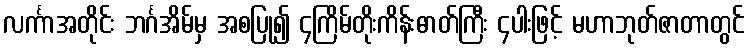
လင်္ကာအတိုင်း ဘင်္ဂအိမ်မှ အစပြု၍ ၄ကြိမ်တိုးကိန်းဓာတ်ကြီး ၄ပါးဖြင့် မဟာဘုတ်ဇာတာတွင်